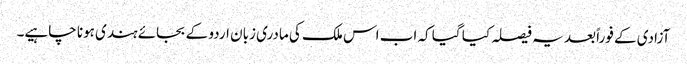
آزادی کے فوراً بعد یہ فیصلہ کیا گیا کہ اب اس ملک کی مادری زبان اردو کے بجائے ہندی ہونا چاہیے۔